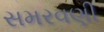
સમરવણી